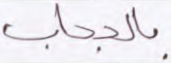
بالحجاب